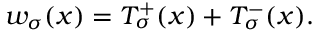
w _ { \sigma } ( x ) = { \cal T } _ { \sigma } ^ { + } ( x ) + { \cal T } _ { \sigma } ^ { - } ( x ) .